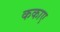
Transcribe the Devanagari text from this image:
ककाए